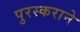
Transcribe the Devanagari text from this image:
पुरस्कराने